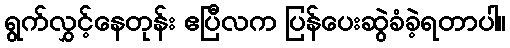
ရွက်လွှင့်နေတုန်း ဧပြီလက ပြန်ပေးဆွဲခံခဲ့ရတာပါ။